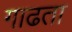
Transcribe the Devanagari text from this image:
गाढता